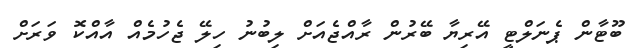
ބޫޓާން ޕެނަލްޓީ އޭރިޔާ ބޭރުން ރާއްޖެއަށް ލިބުނު ހިލޭ ޖެހުމެއް އާއްކޮ ވަރަށް